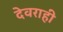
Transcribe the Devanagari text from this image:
देवराही